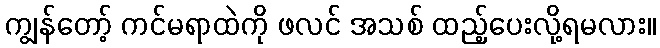
ကျွန်တော့် ကင်မရာထဲကို ဖလင် အသစ် ထည့်ပေးလို့ရမလား။